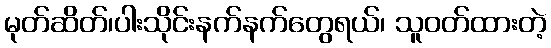
မုတ်ဆိတ်၊ပါးသိုင်းနက်နက်တွေရယ်၊ သူဝတ်ထားတဲ့